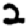
Digit: 2